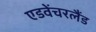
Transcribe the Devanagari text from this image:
एडवेंचरलैंड